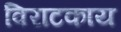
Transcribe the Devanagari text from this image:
विराटकाय